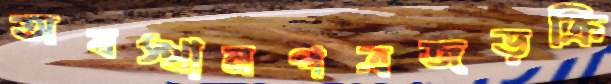
অবস্থানপত্রজড়ক্রি